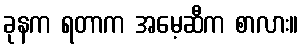
ခုနက ရတာက အမေ့ဆီက စာလား။